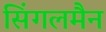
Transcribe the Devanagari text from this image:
सिंगलमैन